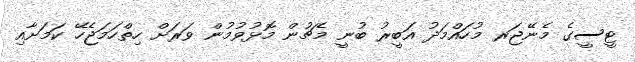
ޓީސީގެ މެނޭޖަރ މުހައްމަދު އަބީރު ބުނީ މެޗުން މޮޅުވުމުން ވަރަށް ހިތްހަމަޖެހޭ ކަމަށާއި